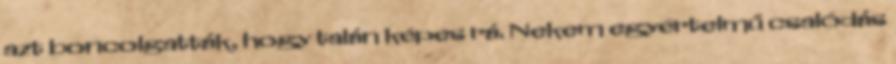
azt boncolgatták, hogy talán képes rá. Nekem egyértelmű csalódás